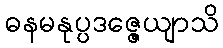
ဓနမနုပ္ပဒဇ္ဇေယျာသိ